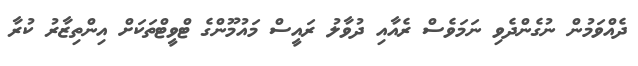
ދެއްވަމުން ނުގެންދެވި ނަމަވެސް ރެއާއި ދުވާލު ރައީސް މައުމޫންގެ ޓްވީޓްތަކަށް އިންތިޒާރު ކުރާ